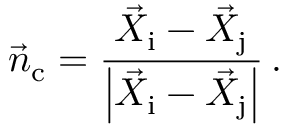
\vec { n } _ { \mathrm { c } } = \frac { \vec { X } _ { \mathrm { i } } - \vec { X } _ { \mathrm { j } } } { \left| \vec { X } _ { \mathrm { i } } - \vec { X } _ { \mathrm { j } } \right| } \, .